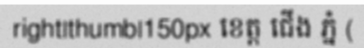
right|thumb|150px ខេត្ត ជើង ភ្នំ (